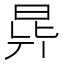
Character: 𣌲